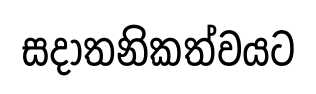
සදාතනිකත්වයට